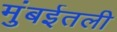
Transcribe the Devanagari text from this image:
मुंबईतली